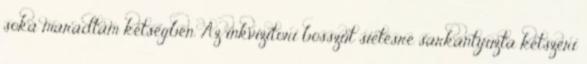
soká maradtam kétségben. Az inkvizítori bosszút sietésre sarkantyúzta kétszeri